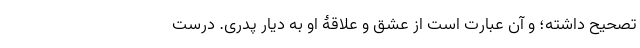
تصحیح داشته؛ و آن عبارت است از عشق و علاقۀ او به دیارِ پدری. درست